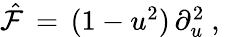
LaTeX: \begin{array}{r}{\hat{\mathcal{F}}\, =\, (1-u^{2})\, \partial_{u}^{2}\ ,\ }\end{array}